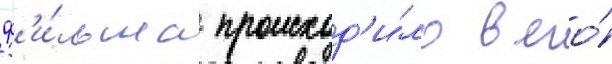
ф'и́льма происход'и́ло в его́